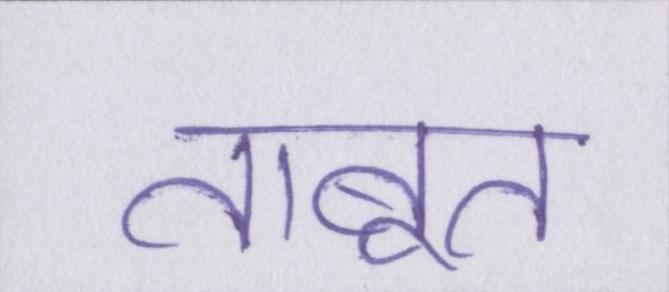
ताबूत